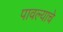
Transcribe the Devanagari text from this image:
पावल्याचे